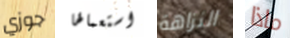
جوزي استعمالها النزاهة ماذا